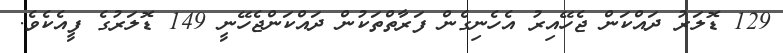
129 ޑޮލަރު ދައްކަން ޖެހޭއިރު އެހެނިގެން ފަރާތްތަކުން ދައްކަންޖެހޭނީ 149 ޑޮލަރުގެ ފީއެކެވެ.